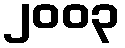
၂၀၀၃